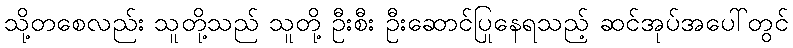
သို့တစေလည်း သူတို့သည် သူတို့ ဦးစီး ဦးဆောင်ပြုနေရသည့် ဆင်အုပ်အပေါ်တွင်